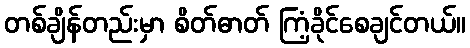
တစ်ချိန်တည်းမှာ စိတ်ဓာတ် ကြံ့ခိုင်စေချင်တယ်။